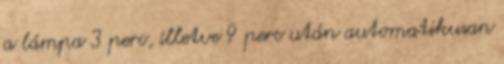
a lámpa 3 perc, illetve 9 perc után automatikusan